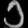
Digit: ၁